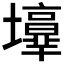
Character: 𡓑